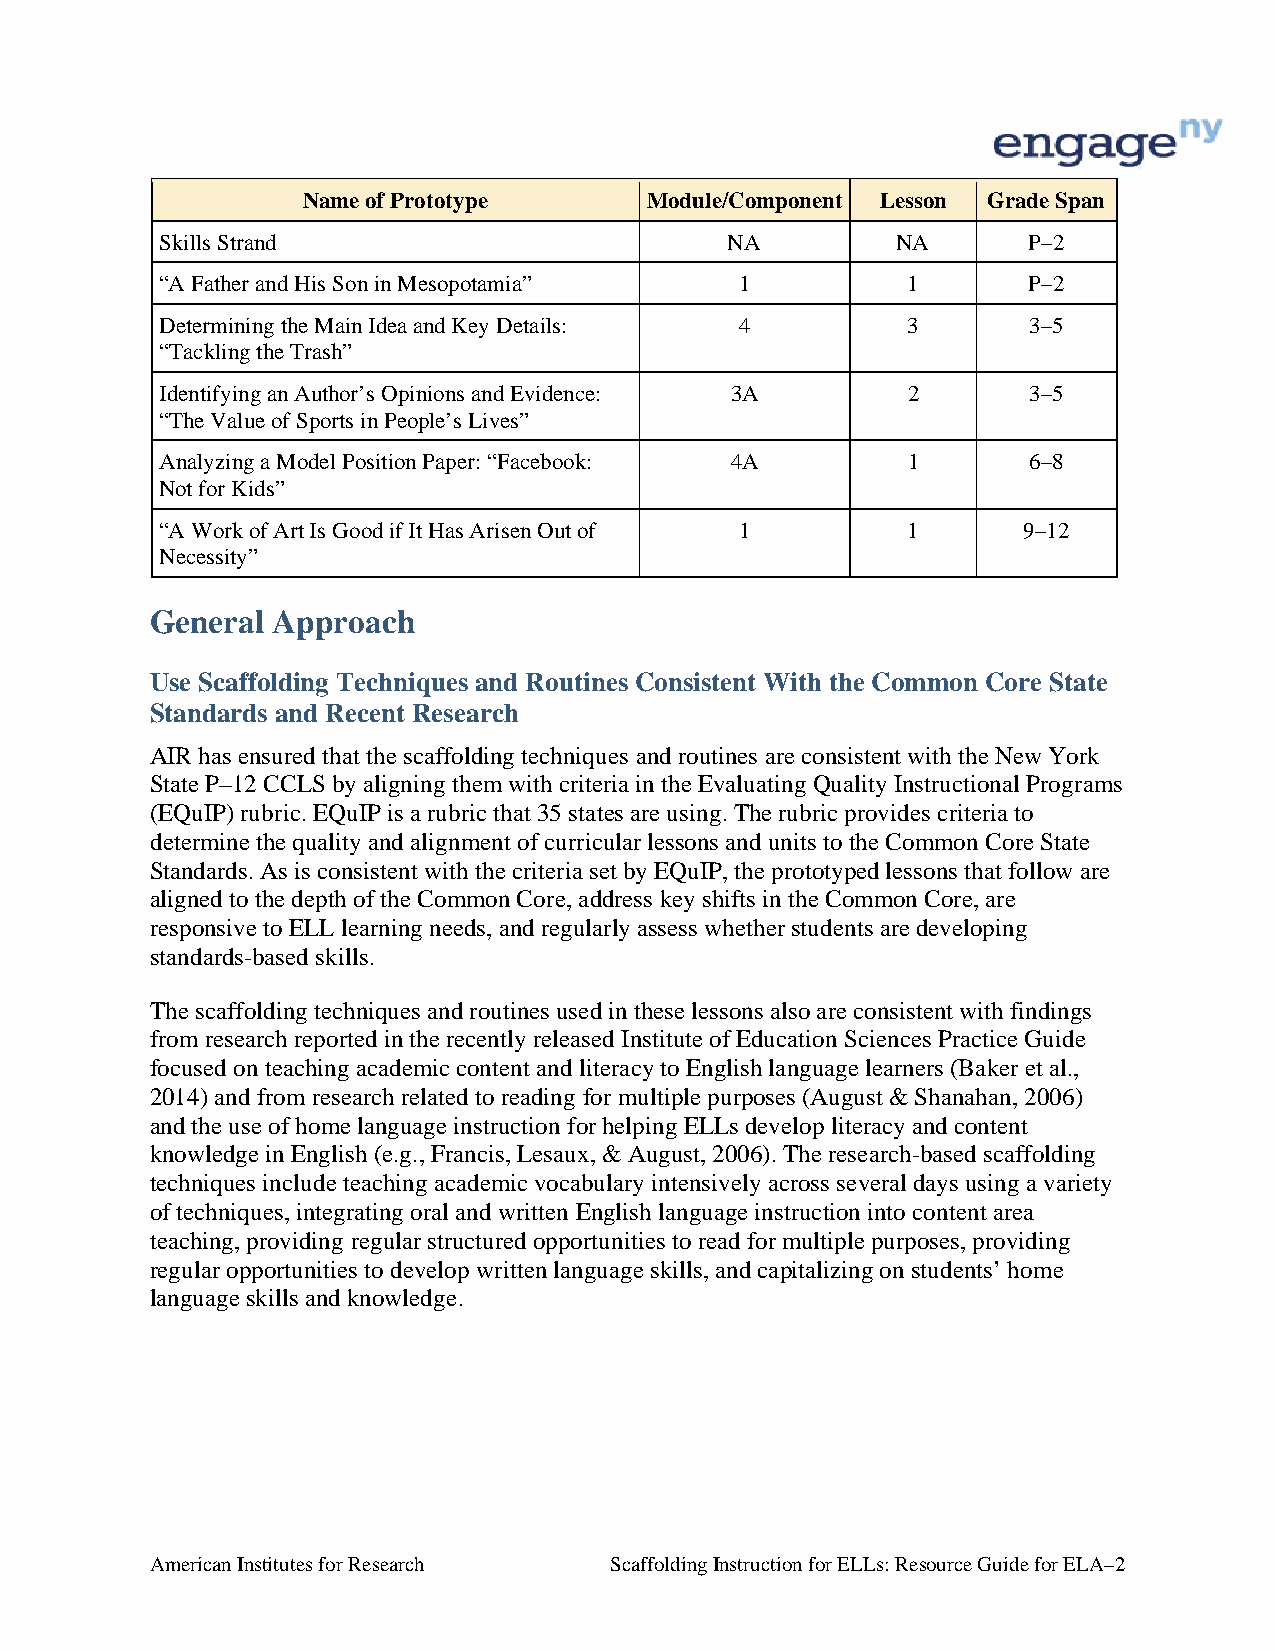
Name of Prototype      Module/Component Lesson Grade Span
 Skills Strand                        NA         NA       P–2
 “A Father and His Son in Mesopotamia” 1          1       P–2
 Determining the Main Idea and Key Details: 4     3       3–5
 “Tackling the Trash”
 Identifying an Author’s Opinions and Evidence: 3A 2      3–5
 “The Value of Sports in People’s Lives”
 Analyzing a Model Position Paper: “Facebook: 4A  1       6–8
 Not for Kids”
 “A Work of Art Is Good if It Has Arisen Out of 1 1       9–12
 Necessity”
 General Approach
 Use Scaffolding Techniques and Routines Consistent With the Common Core State
 Standards and Recent Research
 AIR has ensured that the scaffolding techniques and routines are consistent with the New York
 State P–12 CCLS by aligning them with criteria in the Evaluating Quality Instructional Programs
 (EQuIP) rubric. EQuIP is a rubric that 35 states are using. The rubric provides criteria to
 determine the quality and alignment of curricular lessons and units to the Common Core State
 Standards. As is consistent with the criteria set by EQuIP, the prototyped lessons that follow are
 aligned to the depth of the Common Core, address key shifts in the Common Core, are
 responsive to ELL learning needs, and regularly assess whether students are developing
 standards-based skills.
 The scaffolding techniques and routines used in these lessons also are consistent with findings
 from research reported in the recently released Institute of Education Sciences Practice Guide
 focused on teaching academic content and literacy to English language learners (Baker et al.,
 2014) and from research related to reading for multiple purposes (August & Shanahan, 2006)
 and the use of home language instruction for helping ELLs develop literacy and content
 knowledge in English (e.g., Francis, Lesaux, & August, 2006). The research-based scaffolding
 techniques include teaching academic vocabulary intensively across several days using a variety
 of techniques, integrating oral and written English language instruction into content area
 teaching, providing regular structured opportunities to read for multiple purposes, providing
 regular opportunities to develop written language skills, and capitalizing on students’ home
 language skills and knowledge.
 American Institutes for Research Scaffolding Instruction for ELLs: Resource Guide for ELA–2